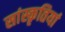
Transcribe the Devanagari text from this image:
सांस्कृतियां